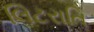
લિટરાતિ